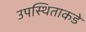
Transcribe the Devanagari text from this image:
उपस्थिताकडे